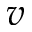
v